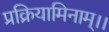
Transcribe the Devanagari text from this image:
प्रक्रियामिनाम्।।